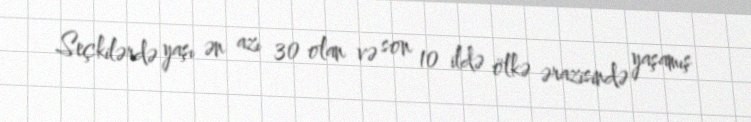
Seçkilərdə yaşı ən azı 30 olan və son 10 ildə ölkə ərazisində yaşamış